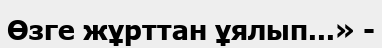
Өзге жұрттан ұялып...» -